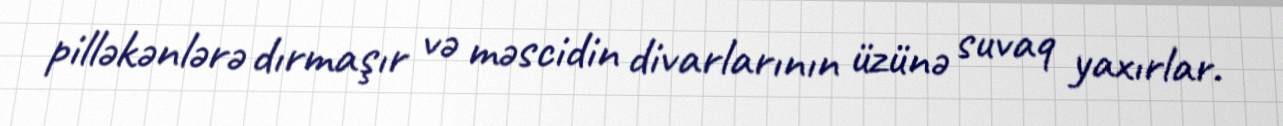
pilləkənlərə dırmaşır və məscidin divarlarının üzünə suvaq yaxırlar.